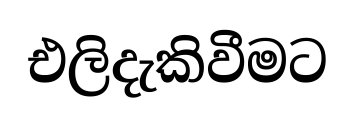
එලිදැකිවීමට